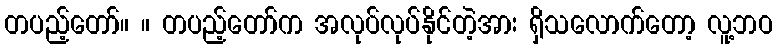
တပည့်တော်။ ။ တပည့်တော်က အလုပ်လုပ်နိုင်တဲ့အား ရှိသလောက်တော့ လူ့ဘဝ